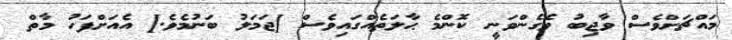
މައްޗަށްވެސް ވާޖިބު ވެގެންވަނީ ކޮންމެ ޙާލަތެއްގައިވެސް [ޖަމަލު ބަނުމެވެ.] އެއަށްފަހު މާތް